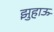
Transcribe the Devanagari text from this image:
झुहाऊ